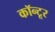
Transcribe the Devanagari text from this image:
कॉन्टूर